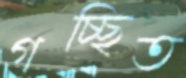
গচ্ছিত